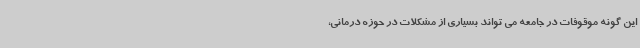
این گونه موقوفات در جامعه می تواند بسیاری از مشکلات در حوزه درمانی،